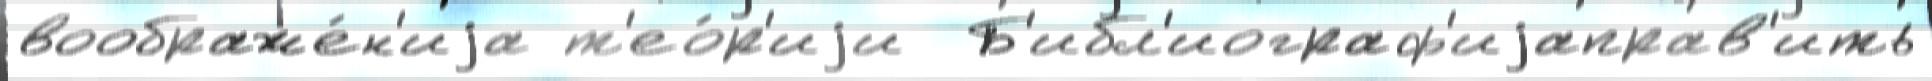
воображе́н'иjа т'ео́р'иjи  Б'ибл'иограф'иjаправ'ить